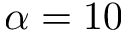
\alpha = 1 0